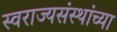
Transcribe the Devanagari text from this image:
स्वराज्यसंस्थांच्या